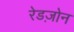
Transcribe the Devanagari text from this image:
रेडज़ोन